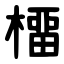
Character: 橊